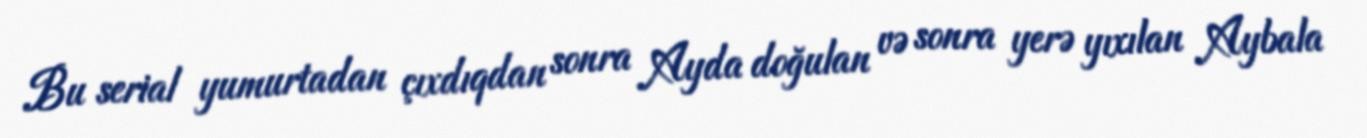
Bu serial yumurtadan çıxdıqdan sonra Ayda doğulan və sonra yerə yıxılan Aybala